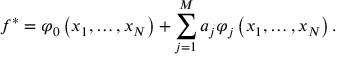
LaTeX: f ^ { * } = \varphi _ { 0 } \left( x _ { 1 } , \ldots , x _ { N } \right) + \sum _ { j = 1 } ^ { M } a _ { j } \varphi _ { j } \left( x _ { 1 } , \ldots , x _ { N } \right) .